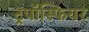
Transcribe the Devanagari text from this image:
ट्रपॉस्फियर